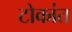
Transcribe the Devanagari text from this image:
टोकांत